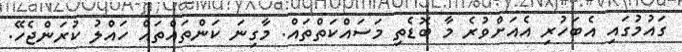
ގައުމުގައި އެބަހުރި އެއަށްވުރެ މާ ބޮޑެތި މަސައްކަތްތައް. މާގިނަ ކަންތައްތައް ހައްލު ކުރަންޖެހޭ.